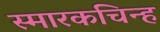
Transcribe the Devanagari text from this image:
स्मारकचिन्ह